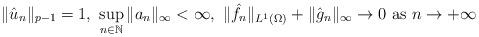
LaTeX: \begin{align*} \|\hat{u}_n\|_{p-1}=1, \ \sup_{n \in \mathbb N}\|a_n\|_\infty <\infty,\ \|\hat {f}_n \|_{L^1(\Omega)} +\| \hat{g}_n\|_\infty \to 0 \hbox{ as }n \to +\infty\end{align*}